Civil Veterinary Dept. Bombay admin report 1900-1906 - 1900-1906
Year: 1900
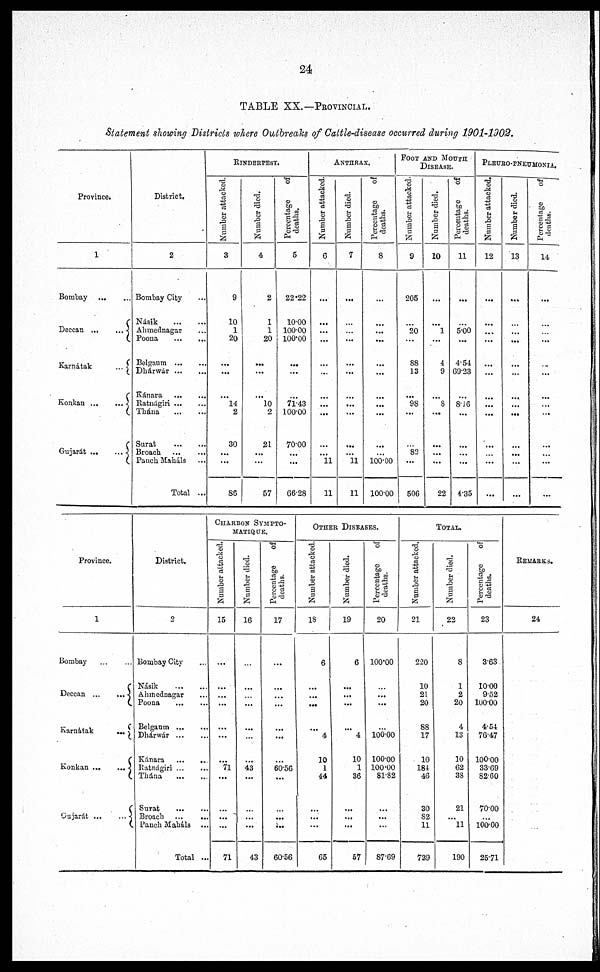
24
TABLE XX.—PROVINCIAL.
Statement showing Districts where Outbreaks of Cattle-disease occurred during 1901-1902.
Province.
1
Bombay
...
...
Deccan
...
...
Karnátak
...
Konkan
...
...
Gujarát ...
...
District.
2
Bombay City ...
Násik
...
...
Ahmednagar ...
Poona
...
...
Belgaum
...
...
Dhárwár ... ...
Kánara
... ...
Ratnágiri
...
...
Thána
...
...
Surat
...
...
Broach ... ...
Panch Maháls ...
Total ...
RINDERPEST.
Number attacked.
3
9
10
1
20
...
...
...
14
2
30
...
...
86
Number died.
4
2
1
1
20
...
...
...
10
2
21
...
...
57
Percentage
of
deaths.
5
22.22
10.00
100.00
100.00
...
...
...
71.43
100.00
70.00
...
...
66.28
ANTHRAX.
Number attacked.
6
...
...
...
...
...
...
...
...
...
...
...
11
11
Number died.
7
...
...
...
...
...
...
...
...
...
...
...
11
11
Percentage
of
deaths.
8
...
...
...
...
...
...
...
...
...
...
...
100.00
100.00
FOOT AND MOUTH
DISEASE.
Number attacked.
9
205
...
20
...
88
13
...
98
...
...
82
...
506
Number died.
10
...
...
1
...
4
9
...
8
...
...
...
...
22
Percentage
of
deaths.
11
...
...
5.00
...
4.54
69.23
...
8.16
...
...
...
...
4.35
PLEURO-PNEUMONIA.
Number attacked.
12
...
...
...
...
...
...
...
...
...
...
...
...
...
Number died.
13
...
...
...
...
...
...
...
...
...
...
...
...
...
Percentage
of
deaths.
14
...
...
...
...
...
...
...
...
...
...
...
...
...
Province.
1
Bombay ... ...
Deccan
...
...
Karnátak
...
Konkan
...
...
Gujarát
...
...
District.
2
Bombay City ...
Násik
...
...
Ahmednagar ...
Poona
...
...
Belgaum
...
...
Dhárwár
...
...
Kánara
...
...
Ratnágiri
...
...
Thána
...
...
Surat
...
...
Broach
...
...
Panch Maháls ...
Total ...
CHARBON SYMPTO-
MATIQUE.
Number attacked.
15
...
...
...
...
...
...
...
71
...
...
...
...
71
Number died.
16
...
...
...
...
...
...
...
43
...
...
...
...
43
Percentage
of
deaths.
17
...
...
...
...
...
...
...
60.56
...
...
...
...
60.56
OTHER DISEASES.
Number attacked.
18
6
...
...
...
...
10
1
44
...
...
...
65
Number died.
19
6
...
...
...
... 4
10
1
36
...
...
...
57
Percentage
of
deaths.
20
100.00
...
...
...
... 100.00
100.00
100.00
81.82
...
...
87.69
TOTAL.
Number attacked.
21
220
10
21
20
88
17
10
184
46
30
82
11
739
Number died.
22
8
1
2
20
4
13
10
62
33
21
...
11
190
Percentage
of
deaths.
23
3.63
10.00
952
100.00
4.54
76.47
100.00
33.69
82.60
70.00
...
100.00
25.71
REMARKS.
24